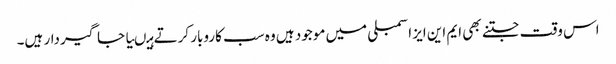
اس وقت جتنے بھی ایم این ایز اسمبلی میں موجود ہیں وہ سب کاروبار کرتے ہیںیا جاگیردار ہیں۔